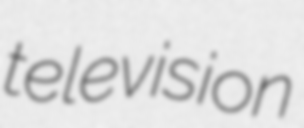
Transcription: television